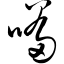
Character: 嗲